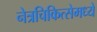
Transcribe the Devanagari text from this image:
नेत्रचिकित्सेमध्ये